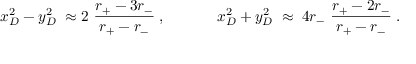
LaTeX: x _ { D } ^ { 2 } - y _ { D } ^ { 2 } \; \approx 2 ~ \frac { r _ { + } ^ { ~ } - 3 r _ { - } ^ { ~ } } { r _ { + } ^ { ~ } - r _ { - } ^ { ~ } } \; , ~ ~ ~ ~ ~ ~ ~ ~ ~ ~ x _ { D } ^ { 2 } + y _ { D } ^ { 2 } \; \approx \; 4 r _ { - } ^ { ~ } ~ \frac { r _ { + } ^ { ~ } - 2 r _ { - } ^ { ~ } } { r _ { + } ^ { ~ } - r _ { - } ^ { ~ } } \; .